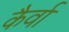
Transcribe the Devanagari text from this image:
कैर्वा